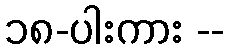
၁၈-ပါးကား --